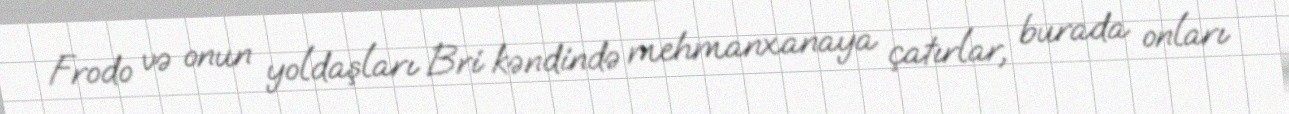
Frodo və onun yoldaşları Bri kəndində mehmanxanaya çatırlar, burada onları